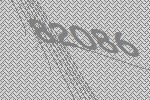
82086